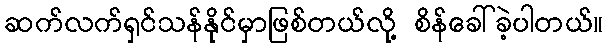
ဆက်လက်ရှင်သန်နိုင်မှာဖြစ်တယ်လို့ စိန်ခေါ်ခဲ့ပါတယ်။